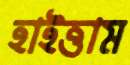
হাইত্তাম